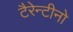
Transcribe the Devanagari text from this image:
टैरेन्टीनो